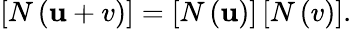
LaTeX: \left[N\left(\mathbf{u}+v\right)\right]=\left[N\left(\mathbf{u}\right)\right]\left[N\left(v\right)\right].